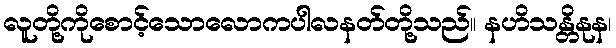
လူတို့ကိုစောင့်သောလောကပါလနတ်တို့သည်။ နဟိသန္တိနုန၊